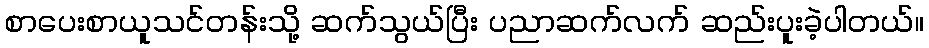
စာပေးစာယူသင်တန်းသို့ ဆက်သွယ်ပြီး ပညာဆက်လက် ဆည်းပူးခဲ့ပါတယ်။